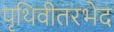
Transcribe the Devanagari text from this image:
पृथिवीतरभेद